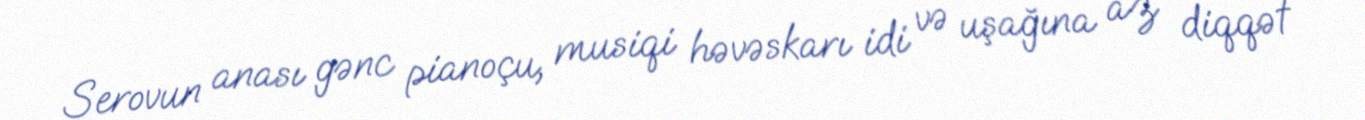
Serovun anası gənc pianoçu, musiqi həvəskarı idi və uşağına az diqqət